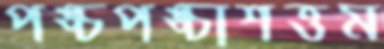
পঙ্চপঙ্চাশত্তম